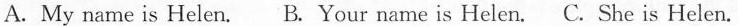
A. My name is Helen. B. Your name is Helen. C. She is Helen.